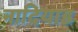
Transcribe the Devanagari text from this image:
नादियाड